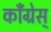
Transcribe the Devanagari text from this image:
कॉँँग्रेस्